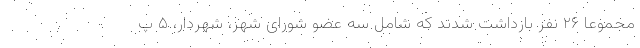
مجموعاً ۲۶ نفر بازداشت شدند که شامل سه عضو شورای شهر، شهردار، ۵ پ